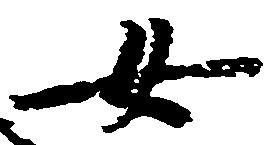
女